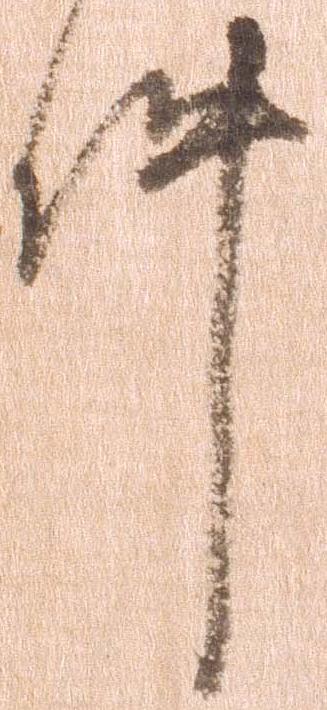
件